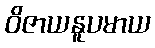
ဝိဇာယနူပမာယ